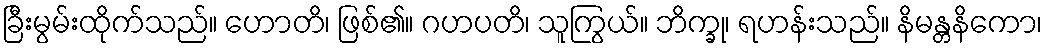
ခြီးမွမ်းထိုက်သည်။ ဟောတိ၊ ဖြစ်၏။ ဂဟပတိ၊ သူကြွယ်။ ဘိက္ခု၊ ရဟန်းသည်။ နိမန္တနိကော၊